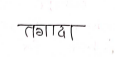
मजकूर: तगादा